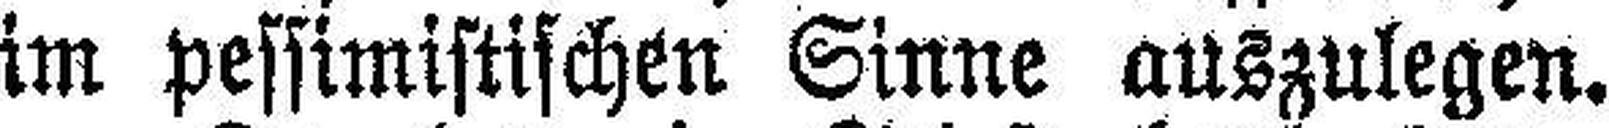
im pessimistischen Sinne auszulegen.